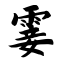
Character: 霎